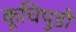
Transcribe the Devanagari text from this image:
कूचिपुडी